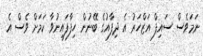
ނަމަވެސް ސައިފް އަޒްހަރު އެ ދިފާއުގެ ބޭނުން ހިފާފައިނުވާ ކަމަށް ވެސް އެ